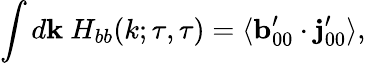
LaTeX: \int d{\mathbf{k}}\ H_{bb}(k;\tau,\tau)=\langle{{\mathbf{b}}_{00}^{\prime}\cdot{\mathbf{j}}_{00}^{\prime}}\rangle,